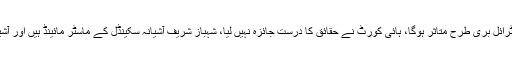
نعیم بخاری نے جواب دیا کہ عدالتی فیصلے سے ٹرائل بری طرح متاثر ہوگا، ہائی کورٹ نے حقائق کا درست جائزہ نہیں لیا، شہباز شریف آشیانہ سکینڈل کے ماسٹر مائینڈ ہیں اور آشیانہ کا ٹھیکہ بدنیتی کی بنیاد پر منسوخ کروایا گیا۔